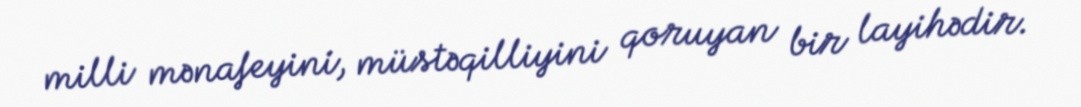
milli mənafeyini, müstəqilliyini qoruyan bir layihədir.